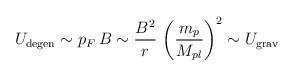
LaTeX: \begin{align*}U_{\mathrm{degen}} \sim p_F\, B \sim \frac{B^2}{r}\,\left(\frac{m_p}{M_{pl}}\right)^2 \sim U_{\mathrm{grav}}\end{align*}